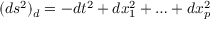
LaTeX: ( d s ^ { 2 } ) _ { d } = - d t ^ { 2 } + d x _ { 1 } ^ { 2 } + \ldots + d x _ { p } ^ { 2 }